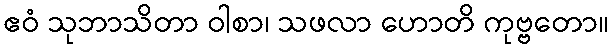
ဧဝံ သုဘာသိတာ ဝါစာ၊ သဖလာ ဟောတိ ကုဗ္ဗတော။